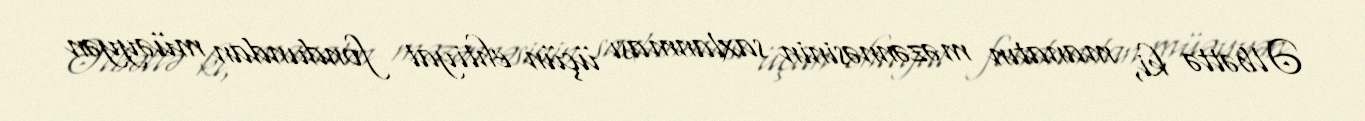
Əlbəttə ki, manatın məzənnəsinin saxlanması üçün ehtiyat fondundan müəyyən